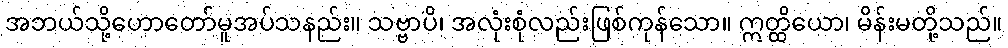
အဘယ်သို့ဟောတော်မူအပ်သနည်း။ သဗ္ဗာပိ၊ အလုံးစုံလည်းဖြစ်ကုန်သော။ ဣတ္ထိယော၊ မိန်းမတို့သည်။